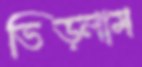
ভিড়লাম